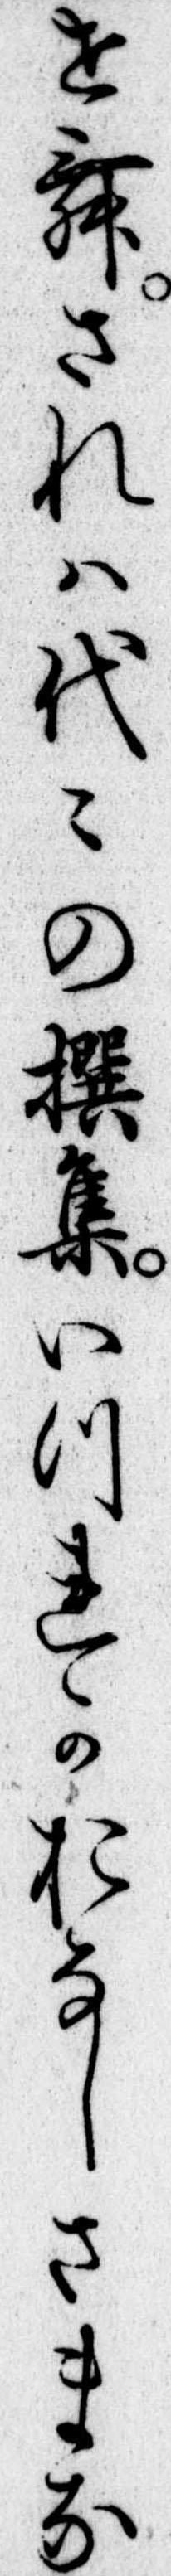
せむされは代の撰集いつれかおなしさまな